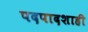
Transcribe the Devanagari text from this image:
पदपादशाही